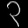
Digit: ၃